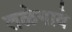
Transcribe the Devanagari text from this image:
तळेगावे